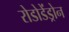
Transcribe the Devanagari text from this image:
रोडोडेंड्रोन